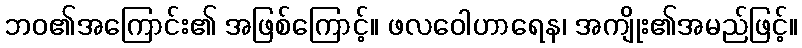
ဘဝ၏အကြောင်း၏ အဖြစ်ကြောင့်။ ဖလဝေါဟာရေန၊ အကျိုး၏အမည်ဖြင့်။